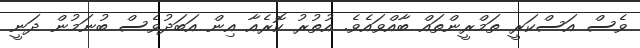
ވެސް އަސްކަރީ ތަމްރީންތައް ބާއްވައެވެ. އުތުރު ކޮރެއާ އިން އަބަދުވެސް ބުނަމުން ދަނީ